Indian journal of veterinary science and animal husbandry - Volumes 26-27, 1956-1957
Year: 1956
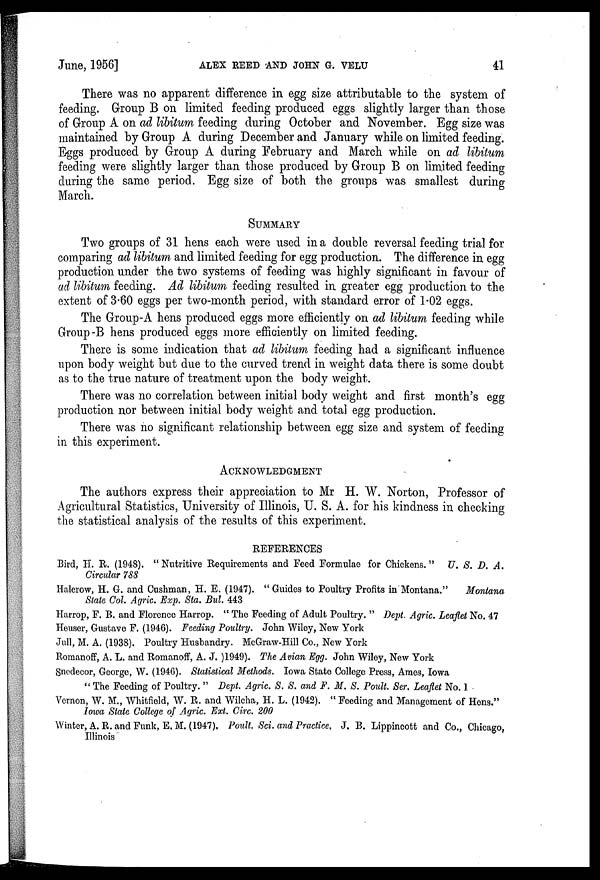
June, 1956]
ALEX
REED
AND
JOHN
G.
VELU
41
There was no apparent difference in egg size attributable to the system of
feeding. Group B on limited feeding produced eggs slightly larger than those
of Group A on ad libitum feeding during October and November. Egg size was
maintained by Group A during December and January while on limited feeding.
Eggs produced by Group A during February and March while on ad libitum
feeding were slightly larger than those produced by Group B on limited feeding
during the same period. Egg size of both the groups was smallest during
March.
SUMMARY
Two groups of 31 hens each were used in a double reversal feeding trial for
comparing ad libitum and limited feeding for egg production. The difference in egg
production under the two systems of feeding was highly significant in favour of
ad libitum feeding. Ad libitum feeding resulted in greater egg production to the
extent of 3.60 eggs per two-month period, with standard error of 1.02 eggs.
The Group-A hens produced eggs more efficiently on ad libitum feeding while
Group-B hens produced eggs more efficiently on limited feeding.
There is some indication that ad libitum feeding had a significant influence
upon body weight but due to the curved trend in weight data there is some doubt
as to the true nature of treatment upon the body weight.
There was no correlation between initial body weight and first month's egg
production nor between initial body weight and total egg production.
There was no significant relationship between egg size and system of feeding
in this experiment.
ACKNOWLEDGMENT
The authors express their appreciation to Mr H. W. Norton, Professor of
Agricultural Statistics, University of Illinois, U. S. A. for his kindness in checking
the statistical analysis of the results of this experiment.
REFERENCES
Bird, H. R. (1948). "Nutritive Requirements and Feed Formulae for Chickens." U. S. D. A.
Circular 788
Halerow, H. G. and Cushman, H. E. (1947). " Guides to Poultry Profits in Montana."
Montana
State Col. Agric. Exp. Sta. Bul. 443
Harrop, F. B. and Florence Harrop. " The Feeding of Adult Poultry. " Dept. Agric. Leaflet No. 47
Heuser, Gustave F. (1946). Feeding Poultry. John Wiley, New York
Jull, M. A. (1938). Poultry Husbandry. McGraw-Hill Co., New York
Romanoff, A. L. and Romanoff, A. J. )1949). The Avian Egg. John Wiley, New York
Snedecor, George, W. (1946). Statistical Methods. Iowa State College Press, Ames, Iowa
" The Feeding of Poultry." Dept. Agric. S. S. and F. M. S. Poult. Ser. Leaflet No. 1
Vernon, W. M., Whitfield, W. R. and Wilcha, H. L. (1942). " Feeding and Management of Hens."
Iowa State College of Agric. Ext. Circ. 200
Winter, A. R. and Funk, E. M. (1947), Poult. Sci. and Practice, J. B. Lippincott and Co., Chicago.
Illinois